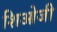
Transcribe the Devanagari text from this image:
शिओजी